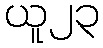
ယူ၂၃